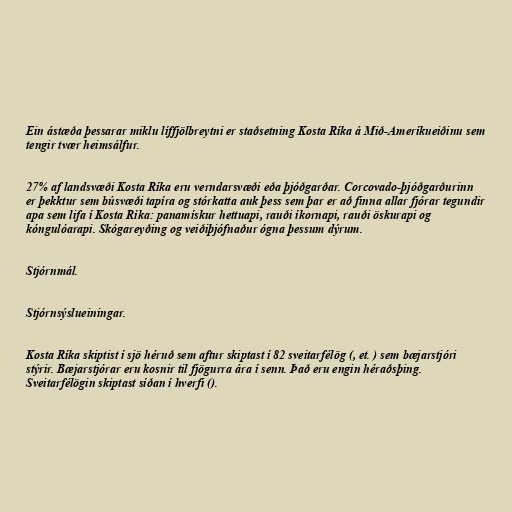
Ein ástæða þessarar miklu líffjölbreytni er staðsetning Kosta Ríka á Mið-Ameríkueiðinu sem
tengir tvær heimsálfur.

27% af landsvæði Kosta Ríka eru verndarsvæði eða þjóðgarðar. Corcovado-þjóðgarðurinn
er þekktur sem búsvæði tapíra og stórkatta auk þess sem þar er að finna allar fjórar tegundir
apa sem lifa í Kosta Ríka: panamískur hettuapi, rauði íkornapi, rauði öskurapi og
kóngulóarapi. Skógareyðing og veiðiþjófnaður ógna þessum dýrum.

Stjórnmál.

Stjórnsýslueiningar.

Kosta Ríka skiptist í sjö héruð sem aftur skiptast í 82 sveitarfélög (, et. ) sem bæjarstjóri
stýrir. Bæjarstjórar eru kosnir til fjögurra ára í senn. Það eru engin héraðsþing.
Sveitarfélögin skiptast síðan í hverfi ().